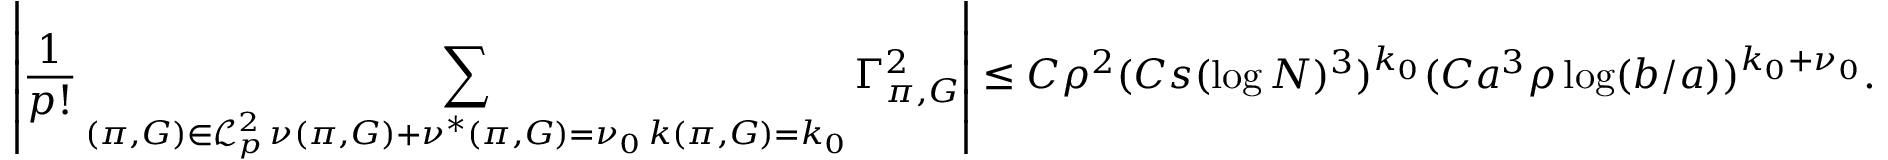
\left\vert \frac { 1 } { p ! } \sum _ { \substack { ( \pi , G ) \in \mathcal { L } _ { p } ^ { 2 } \, \nu ( \pi , G ) + \nu ^ { * } ( \pi , G ) = \nu _ { 0 } \, k ( \pi , G ) = k _ { 0 } } } \Gamma _ { \pi , G } ^ { 2 } \right\vert \leq C \rho ^ { 2 } ( C s ( \log N ) ^ { 3 } ) ^ { k _ { 0 } } ( C a ^ { 3 } \rho \log ( b / a ) ) ^ { k _ { 0 } + \nu _ { 0 } } .